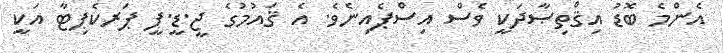
އެންމެ ބޮޑު އިޤްތިޞާދަކީ ވެސް އިސްޕެއިނެވެ. އެ ޤައުމުގެ ޖީ.ޑީ.ޕީ ޕަރކެޕިޓާ އަކީ